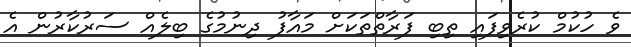
ވެ ހުކުމް ކުރެވިފައި ތިބި ފަރާތްތަކަށް މައާފު ދިނުމުގެ ބިލެއް ސަރުކާރުން އެ